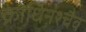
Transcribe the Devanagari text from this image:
क्रोधिनश्चैव